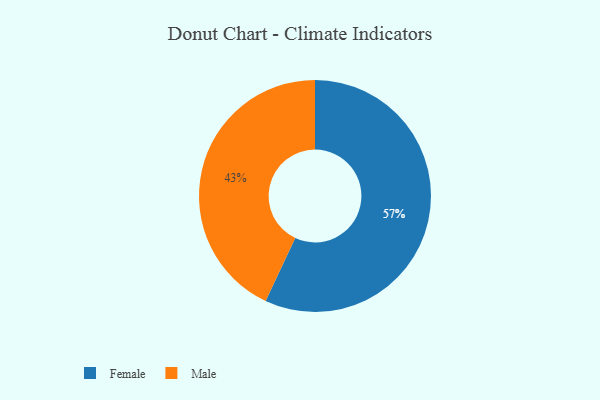
{"axis": {"x": "Category", "y": "Percentage"}, "legend": ["Female", "Male"], "data": [{"x": "Female", "y": 57, "type": "Female"}, {"x": "Male", "y": 43, "type": "Male"}]}